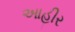
આહીર